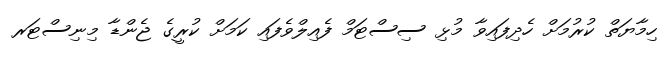
ހިމާޔަތް ކުރުމަށް ހެދިފައިވާ މުޅި ސިސްޓަމް ފެއިލްވެފައި ކަމަށް ކުރީގެ ޖެންޑާ މިނިސްޓަރ